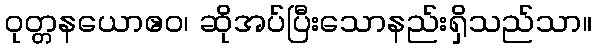
ဝုတ္တနယောဧဝ၊ ဆိုအပ်ပြီးသောနည်းရှိသည်သာ။